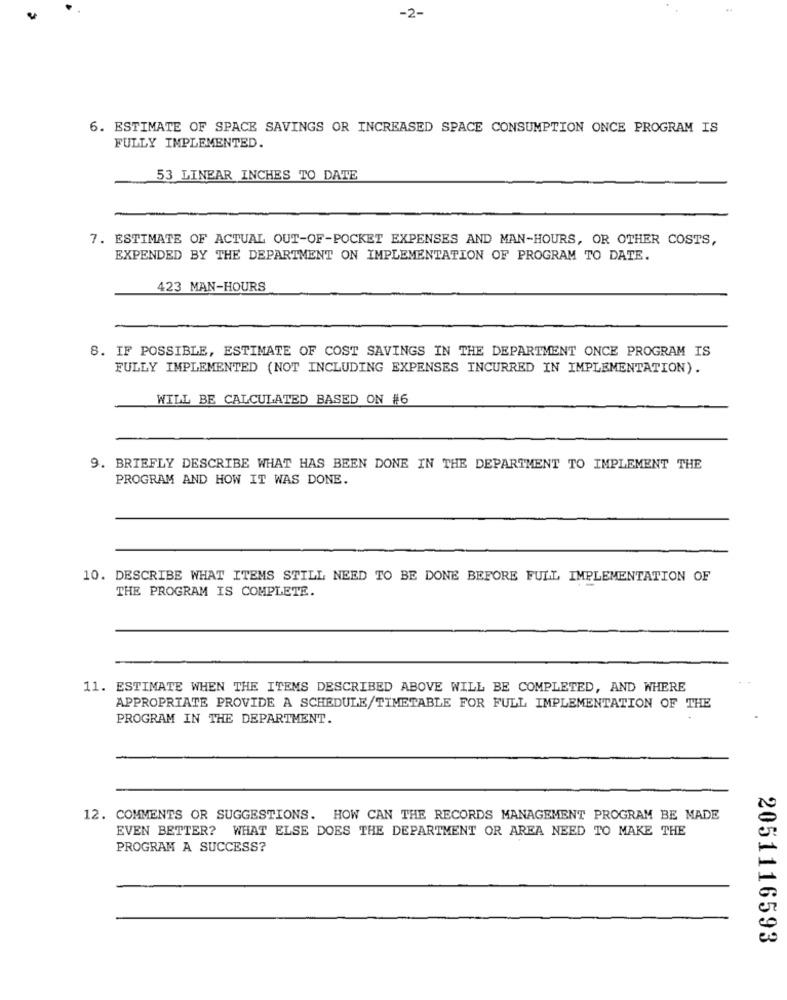
-2-
6. ESTIMATE OF SPACE SAVINGS OR INCREASED SPACE CONSUMPTION ONCE PROGRAM IS
FULLY IMPLEMENTED.
53 LINEAR INCHES TO DATE
7. ESTIMATE OF ACTUAL OUT-OF-POCKET EXPENSES AND MAN-HOURS, OR OTHER COSTS,
EXPENDED BY THE DEPARTMENT ON IMPLEMENTATION OF PROGRAM TO DATE.
423 MAN-HOURS
8. IF POSSIBLE, ESTIMATE OF COST SAVINGS IN THE DEPARTMENT ONCE PROGRAM IS
FULLY IMPLEMENTED (NOT INCLUDING EXPENSES INCURRED IN IMPLEMENTATION).
WILL BE CALCULATED BASED ON #6
9. BRIEFLY DESCRIBE WHAT HAS BEEN DONE IN THE DEPARTMENT TO IMPLEMENT THE
PROGRAM AND HOW IT WAS DONE.
10. DESCRIBE WHAT ITEMS STILL NEED TO BE DONE BEFORE FULL IMPLEMENTATION OF
THE PROGRAM IS COMPLETE.
11. ESTIMATE WHEN THE ITEMS DESCRIBED ABOVE WILL BE COMPLETED, AND WHERE
APPROPRIATE PROVIDE A SCHEDULE/TIMETABLE FOR FULL IMPLEMENTATION OF THE
PROGRAM IN THE DEPARTMENT.
12. COMMENTS OR SUGGESTIONS. HOW CAN THE RECORDS MANAGEMENT PROGRAM BE MADE
EVEN BETTER? WHAT ELSE DOES THE DEPARTMENT OR AREA NEED TO MAKE THE
PROGRAM A SUCCESS?
2051116593